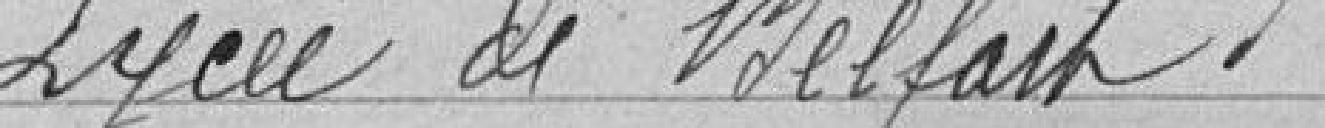
Lycée de Belfort